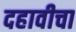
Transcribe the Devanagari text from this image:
दहावीचा